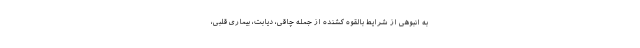
به انبوهی از شرایط بالقوه کشنده از جمله چاقی، دیابت، بیماری قلبی،